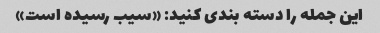
این جمله را دسته بندی کنید: «سیب رسیده است»